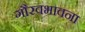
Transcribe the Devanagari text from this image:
गौरवभावना